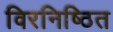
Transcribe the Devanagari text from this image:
विरनिष्ठित